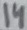
Text: 14